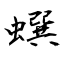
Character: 蟤